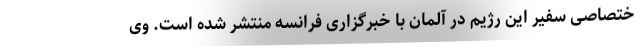
ختصاصی سفیر این رژیم در آلمان با خبرگزاری فرانسه منتشر شده است. وی